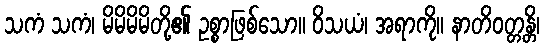
သကံ သကံ၊ မိမိမိမိတို့၏ ဥစ္စာဖြစ်သော။ ဝိသယံ၊ အရာကို။ နာတိဝတ္တန္တိ၊